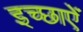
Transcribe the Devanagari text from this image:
इच्छाऐं